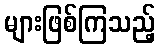
များဖြစ်ကြသည့်